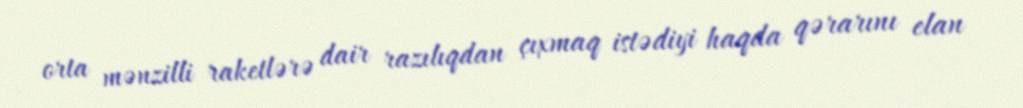
orta mənzilli raketlərə dair razılıqdan çıxmaq istədiyi haqda qərarını elan